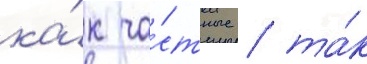
ка́к ча́стные / та́к